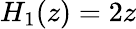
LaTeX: H_{1}(z)=2z